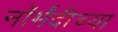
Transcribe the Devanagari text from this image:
नॉर्मंदीच्या